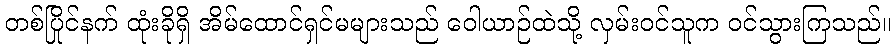
တစ်ပြိုင်နက် ထုံးခိုရှိ အိမ်ထောင်ရှင်မများသည် ဝေါယာဉ်ထဲသို့ လှမ်းဝင်သူက ဝင်သွားကြသည်။